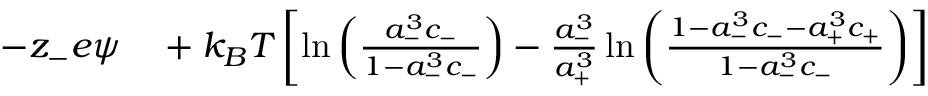
\begin{array} { r l } { - z _ { - } e \psi } & { { } + k _ { B } T \left[ \ln \left( { \frac { a _ { - } ^ { 3 } c _ { - } } { 1 - a _ { - } ^ { 3 } c _ { - } } } \right) - \frac { a _ { - } ^ { 3 } } { a _ { + } ^ { 3 } } \ln \left( { \frac { 1 - a _ { - } ^ { 3 } c _ { - } - a _ { + } ^ { 3 } c _ { + } } { 1 - a _ { - } ^ { 3 } c _ { - } } } \right) \right] } \end{array}